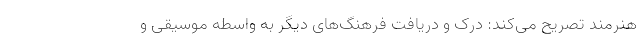
هنرمند تصریح می‌کند: درک و دریافت فرهنگ‌های دیگر به واسطه موسیقی و